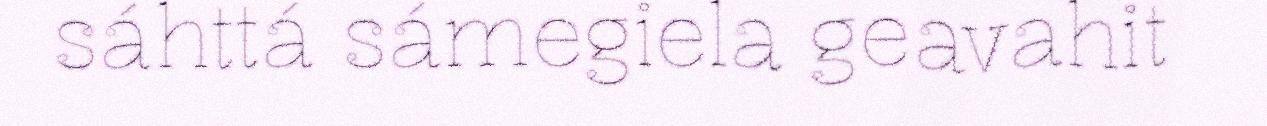
sáhttá sámegiela geavahit